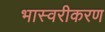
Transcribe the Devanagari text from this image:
भास्वरीकरण